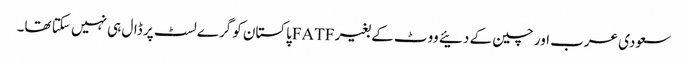
سعودی عرب اور چین کے دئیے ووٹ کے بغیر FATFپاکستان کو گرے لسٹ پر ڈال ہی نہیں سکتا تھا۔